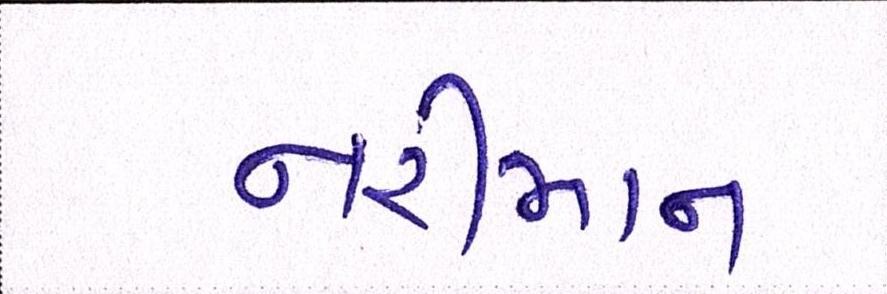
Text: નરીમાન